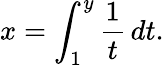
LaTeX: x=\int_{1}^{y}{\frac{1}{t}}\, dt.